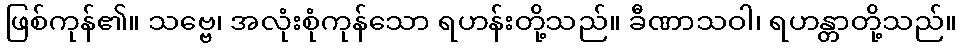
ဖြစ်ကုန်၏။ သဗ္ဗေ၊ အလုံးစုံကုန်သော ရဟန်းတို့သည်။ ခီဏာသဝါ၊ ရဟန္တာတို့သည်။